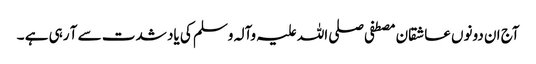
آج ان دونوں عاشقان مصطفی صلی اللہ علیہ وآلہ وسلم کی یاد شدت سے آ رہی ہے ۔